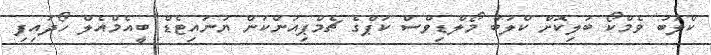
ކްލަބު ވެމްކޯ ބަލިކޮށް ކްލަބު މޯލްޑިވްސް ކަޕްގެ ޗެމްޕިއަންކަން ޔުނައިޓެޑް ބީއެމްއެލް ހޯދައިފި